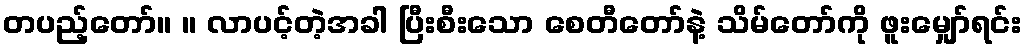
တပည့်တော်။ ။ လာပင့်တဲ့အခါ ပြီးစီးသော စေတီတော်နဲ့ သိမ်တော်ကို ဖူးမျှော်ရင်း